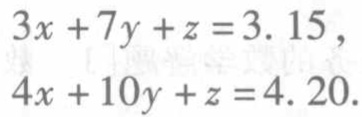
$

\begin{cases}

3x + 7y + z = 3.15,\\

4x + 10y + z = 4.20.

\end{cases}

$